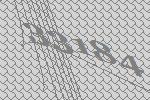
33184